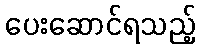
ပေးဆောင်ရသည့်